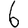
Digit: 6